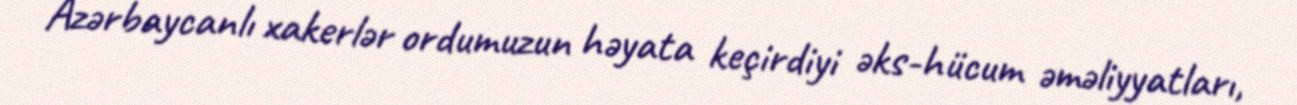
Azərbaycanlı xakerlər ordumuzun həyata keçirdiyi əks-hücum əməliyyatları,